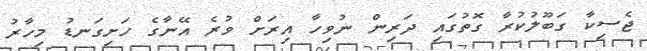
ޖެސިކާ ގަބޫލުކުރާ ގޮތުގައި ދަރިން ނުވިހާ އިރަށް ވުރެ އޭނާގެ ހަށިގަނޑު މިހާރު